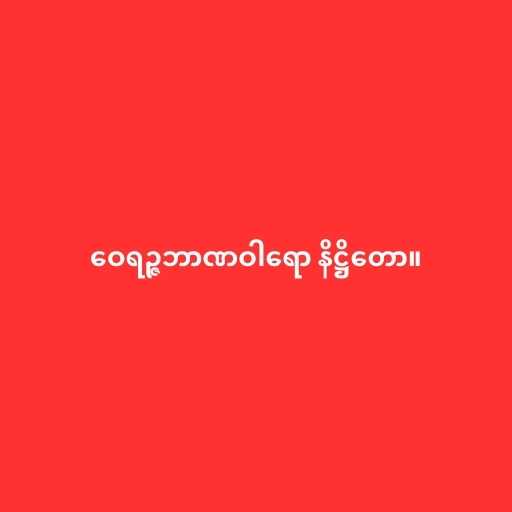
ဝေရဉ္ဇဘာဏဝါရော နိဋ္ဌိတော။